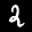
Label: 2